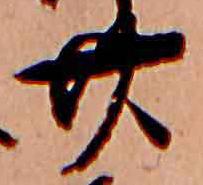
廿